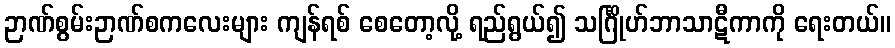
ဉာဏ်စွမ်းဉာဏ်စကလေးများ ကျန်ရစ် စေတော့လို့ ရည်ရွယ်၍ သင်္ဂြိုဟ်ဘာသာဋီကာကို ရေးတယ်။